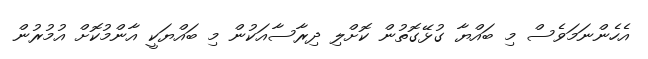
އެހެންނަމަވެސް މި ބައްޔާ ގުޅޭގޮތުން ކޮށްލި ދިރާސާއަކުން މި ބައްޔަކީ އާންމުކޮށް އުމުރުން